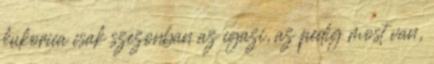
kukorica csak szezonban az igazi, az pedig most van,